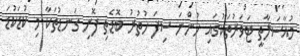
މުއާސަލާތީ ޓަވަރުތަކުގައި ހުންނަ ސިފަ ހުތުރު ބޮޑެތި ފޮށި ގަނޑުތަކާ މި ކުޑަކުޑަ